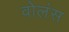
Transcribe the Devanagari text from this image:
वोलंस